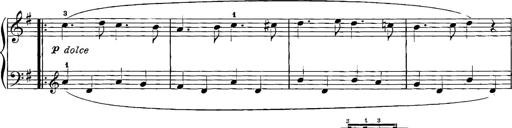
Title: 12 Sonatinas
Composer: Ignaz Pleyel